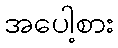
အပေါ့စား